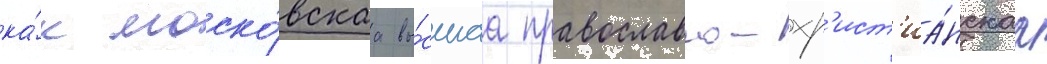
ка́к моско́вскаа вы́сшаа православно-хр'ист'иа́нскаа